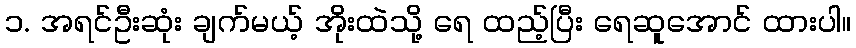
၁. အရင်ဦးဆုံး ချက်မယ့် အိုးထဲသို့ ရေ ထည့်ပြီး ရေဆူအောင် ထားပါ။